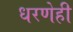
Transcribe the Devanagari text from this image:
धरणेही